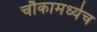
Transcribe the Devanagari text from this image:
चौकामध्येच